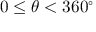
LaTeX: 0 \leq \theta < 3 6 0 ^ { \circ }